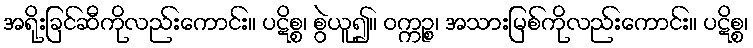
အရိုးခြင်ဆီကိုလည်းကောင်း။ ပဋိစ္စ၊ စွဲယူ၍။ ဝက္ကဉ္စ၊ အသားမြစ်ကိုလည်းကောင်း။ ပဋိစ္စ၊